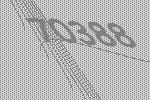
70388